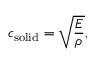
c _ { \mathrm { s o l i d } } = { \sqrt { \frac { E } { \rho } } } ,